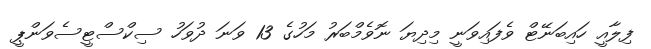
ފިލާއީ ހައިބަނޭޓް ވެފައިވަނީ މިދިޔަ ނޮވެމްބަރު މަހުގެ 13 ވަނަ ދުވަހު ސިކްސްޓީސެވަންޕީ